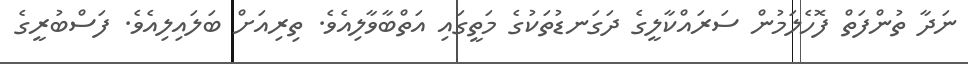
ނަދާ ތުންފަތް ފޮހެލަމުން ސަރައްކާލީގެ ދަގަނޑުތަކުގެ މަތީގައި އަތްބާވާލިއެވެ. ތިރިއަށް ބަލައިލިއެވެ. ފަސްބުރީގެ